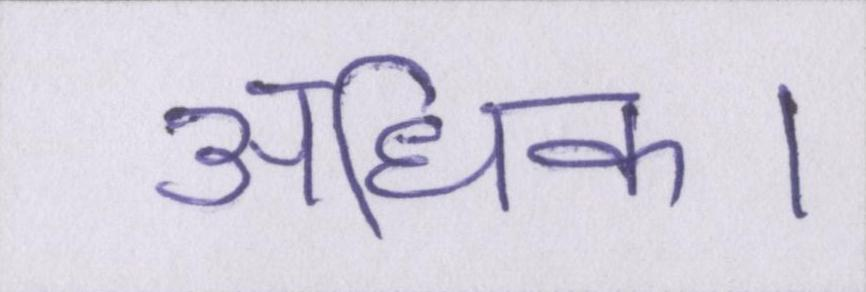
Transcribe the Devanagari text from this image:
अधिक।